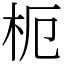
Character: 枙